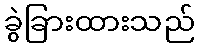
ခွဲခြားထားသည်